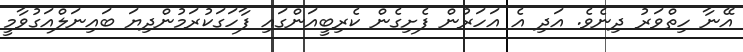
އޭނާ ހިތްވަރު ދިނެވެ. އަދި އެ އަހަރުން ފެށިގެން ކެރިބީއަންގައި ފާހަގަކުރަމުންދިޔަ ބައިނަލްއަގުވާމީ